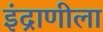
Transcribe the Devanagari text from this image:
इंद्राणीला